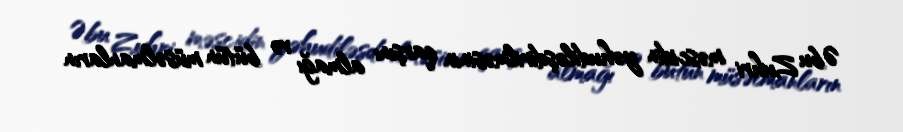
Əbu Zuhri məscidin yəhudiləşdirilməsinin qarşını almağı və bütün müsəlmanların